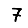
Digit: 7